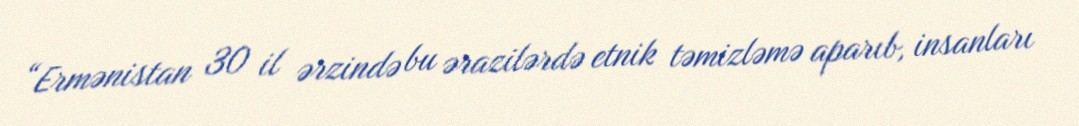
“Ermənistan 30 il ərzində bu ərazilərdə etnik təmizləmə aparıb, insanları